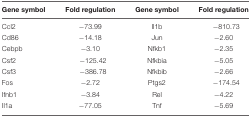
| Gene symbol | Fold regulation | Gene symbol | Fold regulation |
 | --- | --- | --- | --- |
 | Ccl2 | -73.99 | Il1b | -810.73 |
 | Cd86 | -14.18 | Jun | -2.60 |
 | Cebpb | -3.10 | Nfkb1 | -2.35 |
 | Csf2 | -125.42 | Nfkbia | -5.05 |
 | Csf3 | -386.78 | Nfkbib | -2.66 |
 | Fos | -2.72 | Ptgs2 | -174.54 |
 | Ifnb1 | -3.84 | Rel | -4.22 |
 | Il1a | -77.05 | Tnf | -5.69 |